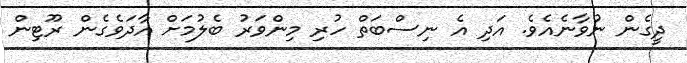
ދީގެން ނުވާނެއެވެ. އަދި އެ ނިސްބަތް ހުރި މިންވަރު ބެލުމަށް އާދަވެގެން ރޫޓިން